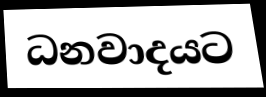
ධනවාදයට